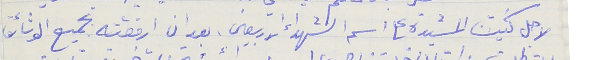
لاجل كنيسة المشيدة على اسم الشهداء الاربعين، بعد ان ارفقته بجميع الوثائق